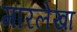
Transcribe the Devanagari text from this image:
मारलेखा